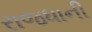
રાજધાની